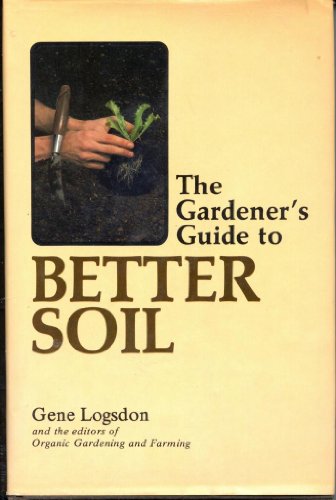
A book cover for Gardener's Guide to Better Soil; Gene Logsdon; Crafts, Hobbies & Home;